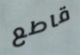
قاطع